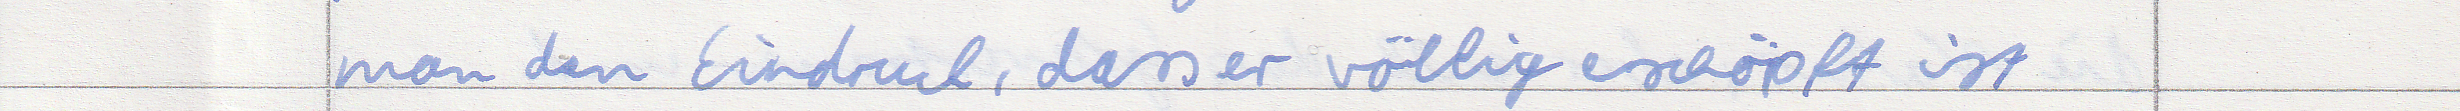
man den Eindruck, dass er völlig erschöpft ist